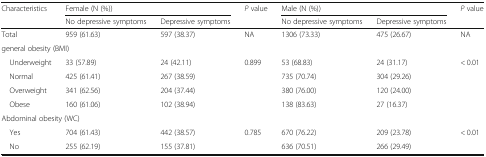
<table><thead><tr><td rowspan="2"><b>Characteristics</b></td><td colspan="2"><b>Female (N (%))</b></td><td rowspan="2"><b><i>P</i> value</b></td><td colspan="2"><b>Male (N (%))</b></td><td rowspan="2"><b><i>P</i> value</b></td></tr><tr><td><b>No depressive symptoms</b></td><td><b>Depressive symptoms</b></td><td><b>No depressive symptoms</b></td><td><b>Depressive symptoms</b></td></tr></thead><tbody><tr><td>Total</td><td>959 (61.63)</td><td>597 (38.37)</td><td>NA</td><td>1306 (73.33)</td><td>475 (26.67)</td><td>NA</td></tr><tr><td colspan="7">general obesity (BMI)</td></tr><tr><td> Underweight</td><td>33 (57.89)</td><td>24 (42.11)</td><td>0.899</td><td>53 (68.83)</td><td>24 (31.17)</td><td>&lt; 0.01</td></tr><tr><td> Normal</td><td>425 (61.41)</td><td>267 (38.59)</td><td></td><td>735 (70.74)</td><td>304 (29.26)</td><td></td></tr><tr><td> Overweight</td><td>341 (62.56)</td><td>204 (37.44)</td><td></td><td>380 (76.00)</td><td>120 (24.00)</td><td></td></tr><tr><td> Obese</td><td>160 (61.06)</td><td>102 (38.94)</td><td></td><td>138 (83.63)</td><td>27 (16.37)</td><td></td></tr><tr><td colspan="7">Abdominal obesity (WC)</td></tr><tr><td> Yes</td><td>704 (61.43)</td><td>442 (38.57)</td><td>0.785</td><td>670 (76.22)</td><td>209 (23.78)</td><td>&lt; 0.01</td></tr><tr><td> No</td><td>255 (62.19)</td><td>155 (37.81)</td><td></td><td>636 (70.51)</td><td>266 (29.49)</td><td></td></tr></tbody></table>